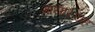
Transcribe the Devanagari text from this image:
गाया।यह